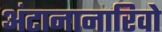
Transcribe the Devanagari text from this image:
अंटानानारिवो